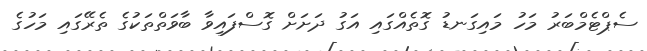
ސެޕްޓެމްބަރު މަހު މައިގަނޑު ގޮތެއްގައި އަގު ދަށަށް ގޮސްފައިވާ ބާވަތްތަކުގެ ތެރޭގައި މަހުގެ